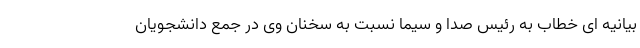
بیانیه ای خطاب به رئیس صدا و سیما نسبت به سخنان وی در جمع دانشجویان